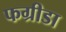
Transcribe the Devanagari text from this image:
फग्रीडा